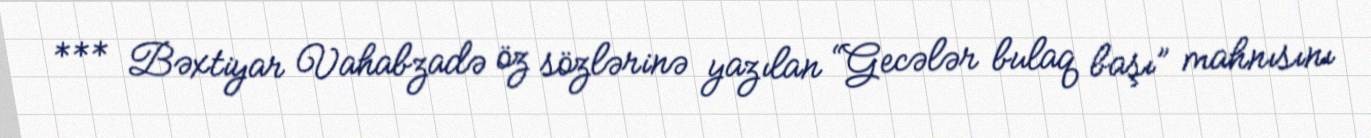
*** Bəxtiyar Vahabzadə öz sözlərinə yazılan “Gecələr bulaq başı” mahnısını